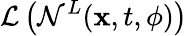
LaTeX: \mathcal{L}\left(\mathcal{N}^{L}({\mathbf x},t,{\mathbf\phi})\right)